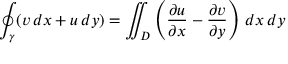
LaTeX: \oint _ { \gamma } ( v \, d x + u \, d y ) = \iint _ { D } \left( { \frac { \partial u } { \partial x } } - { \frac { \partial v } { \partial y } } \right) \, d x \, d y